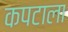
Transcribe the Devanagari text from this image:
कपटाला